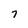
Character: 7